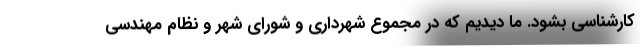
کارشناسی بشود. ما دیدیم که در مجموع شهرداری و شورای شهر و نظام مهندسی